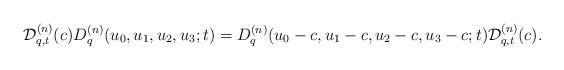
LaTeX: \begin{gather*} {\cal D}^{(n)}_{q,t}(c) D^{(n)}_q(u_0,u_1,u_2,u_3;t) = D^{(n)}_q(u_0-c,u_1-c,u_2-c,u_3-c;t) {\cal D}^{(n)}_{q,t}(c). \end{gather*}